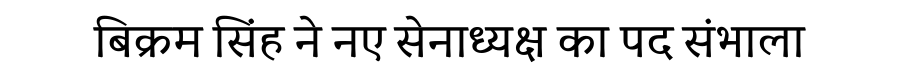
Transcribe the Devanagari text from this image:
बिक्रम सिंह ने नए सेनाध्यक्ष का पद संभाला